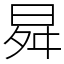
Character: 曻